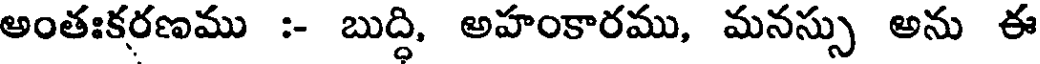
అంతఃకరణము :- బుద్ధి, అహంకారము, మనస్సు అను ఈ